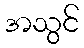
အသွင်